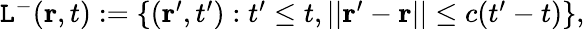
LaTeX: \begin{array}{r}{\mathtt{L}^{-}(\mathbf{r},t):=\{ (\mathbf{r}^{\prime},t^{\prime}):t^{\prime}\leq t,||\mathbf{r}^{\prime}-\mathbf{r}||\leq c(t^{\prime}-t)\} ,}\end{array}